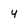
Character: y